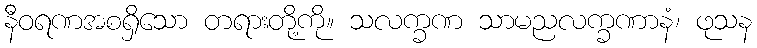
နီဝရဏအစရှိသော တရားတို့ကို။ သလက္ခဏ သာမညလက္ခဏာနံ၊ ဖုသန